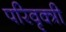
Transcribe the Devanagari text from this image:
परिवृक्त्री